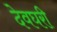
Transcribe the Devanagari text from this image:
देवघरी